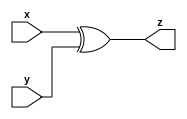
module xor_21(
    input x,
    input y,
    output z
    );
    
    assign z=x^y;
endmodule